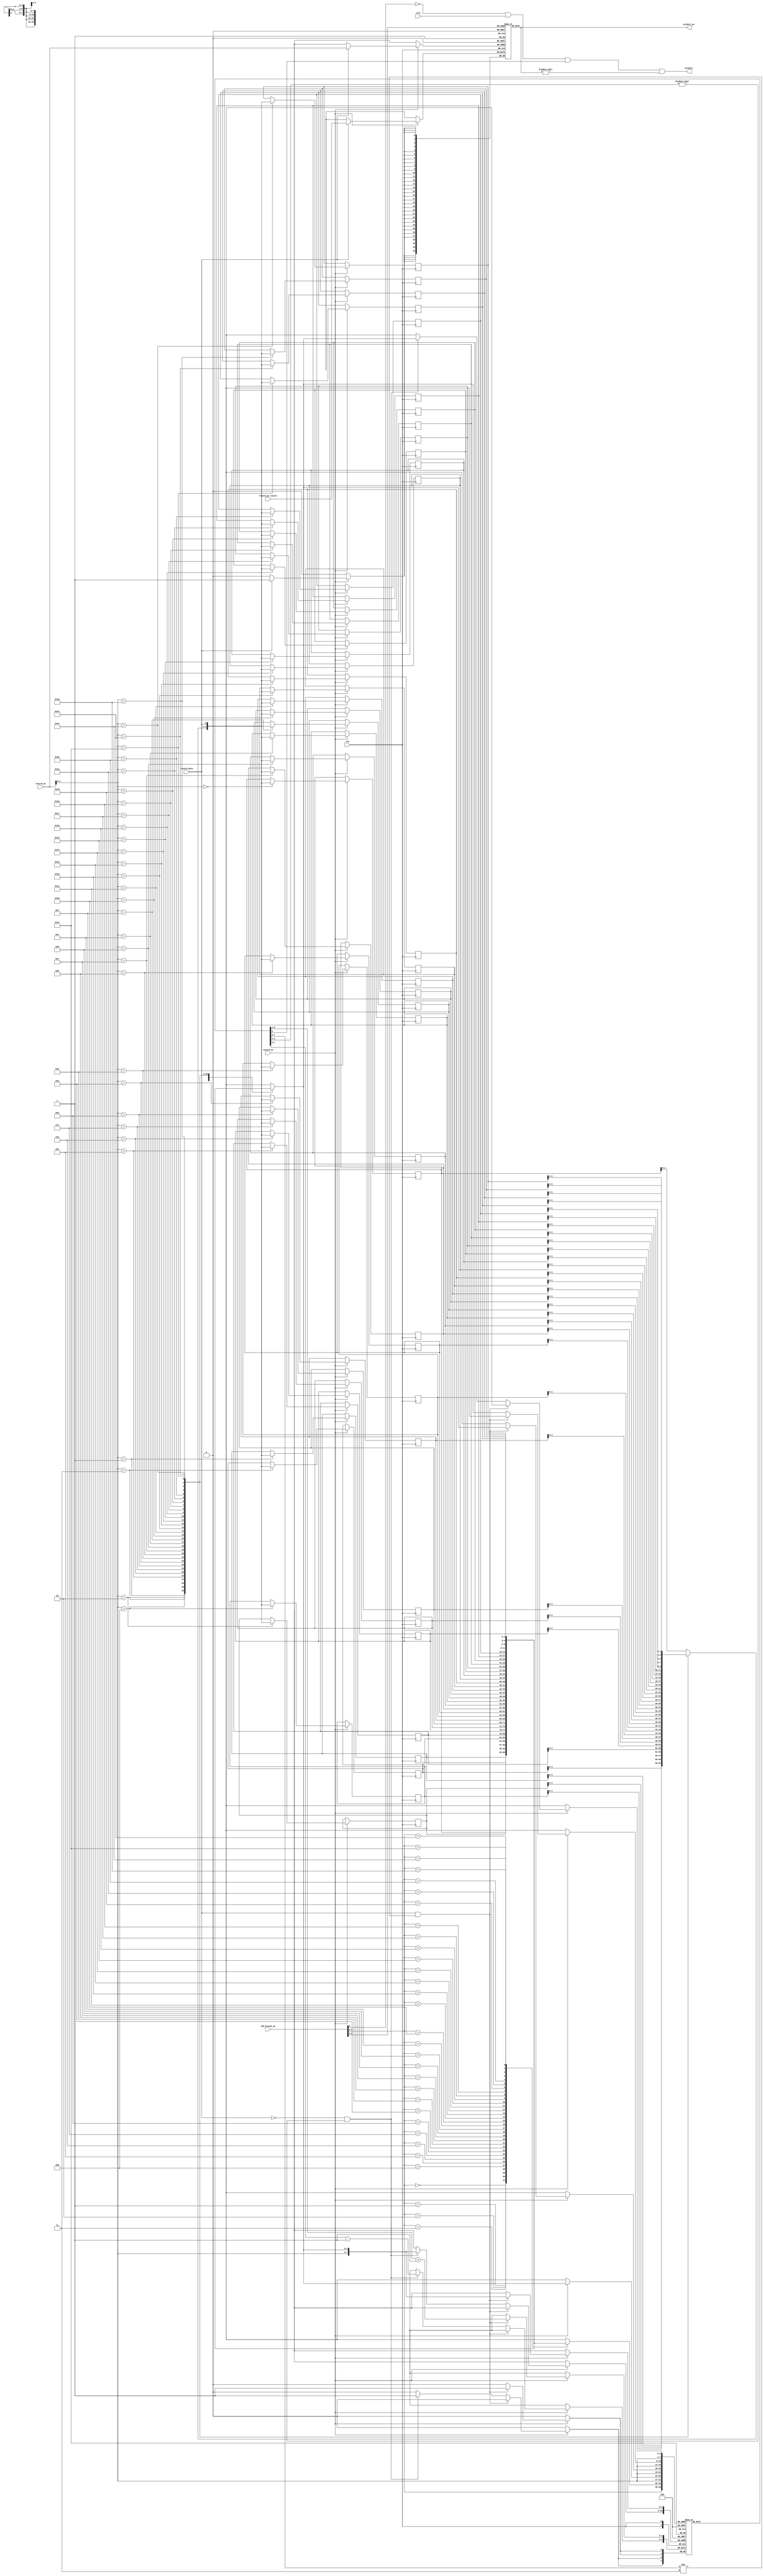
module branch_predict(
        input clk,
        input rstn,

        // 
        input record_we,                // 
        input [9:2] record_pc,          //  pc
        input record_data,              // 
        input [31:0] record_pc_result,  //  pc
        // 
        input [9:1] chk_branch_pc,
        output predict,                 // 
        output [31:0] predict_pc        //  pc
    );

    reg [31:0] btb[0:255];      // BTB 
    reg [1:0]  record[0:255];   // (hash ) 
    reg [2:0]  history[0:31];   // (hash ) 

    wire [4: 0] chk_pc_hash    = chk_branch_pc[6:2];
    wire [4: 0] record_pc_hash = record_pc[6:2];

    assign predict_pc = btb[chk_branch_pc[9:2]];
    assign predict    = !chk_branch_pc[1] & rstn & record[{chk_pc_hash, history[chk_pc_hash]}][1] & (predict_pc != 0);

    always @(posedge clk) begin
        if (record_we) begin
            if (record_data) begin
                btb[record_pc] <= record_pc_result;
            end
            history[record_pc_hash] <= {history[record_pc_hash][1:0], record_data};
            if (record_data && record[{record_pc_hash, history[record_pc_hash]}] != 2'b11)
                record[{record_pc_hash, history[record_pc_hash]}] <= record[{record_pc_hash, history[record_pc_hash]}] + 1;
            else if (!record_data && record[{record_pc_hash, history[record_pc_hash]}] != 2'b00)
                record[{record_pc_hash, history[record_pc_hash]}] <= record[{record_pc_hash, history[record_pc_hash]}] - 1;
        end
    end

endmodule